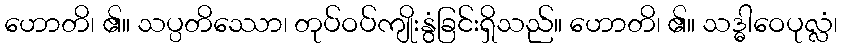
ဟောတိ၊ ၏။ သပ္ပတိဿော၊ တုပ်ဝပ်ကျိုးနွံခြင်းရှိသည်။ ဟောတိ၊ ၏။ သဒ္ဓါဝေပုလ္လံ၊